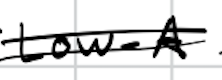
Text: Low-A
Cross-out: double-line
Writing tool: digital_black